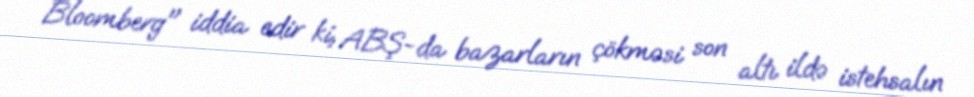
Bloomberg" iddia edir ki, ABŞ-da bazarların çökməsi son altı ildə istehsalın